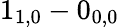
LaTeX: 1_{1,0}-0_{0,0}